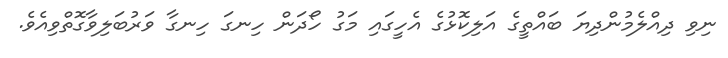
ނިވި ދިއްލެމުންދިޔަ ބައްތީގެ އަލިކޮޅުގެ އެހީގައި މަގު ހޯދަން ހިނގަ ހިނގާ ވަރުބަލިވާގޮތްވިއެވެ.